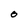
Character: 0